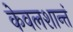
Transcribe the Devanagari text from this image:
केवलशान्तं